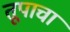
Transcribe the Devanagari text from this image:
तूपाचा